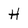
Character: H